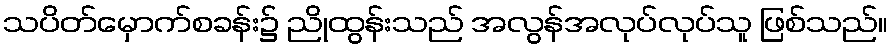
သပိတ်မှောက်စခန်း၌ ညိုထွန်းသည် အလွန်အလုပ်လုပ်သူ ဖြစ်သည်။